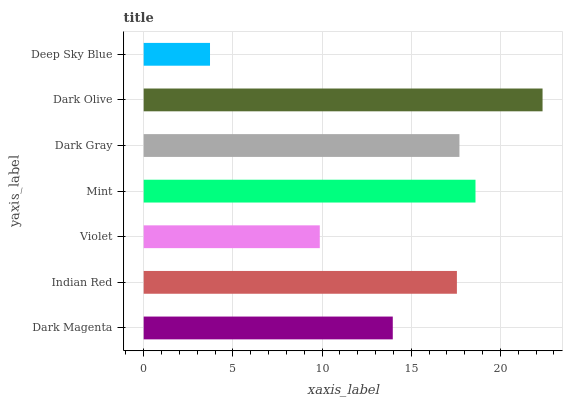
| yaxis_label | bars |
 | --- | --- |
 | Dark Magenta | 14 |
 | Indian Red | 17.6 |
 | Violet | 9.88 |
 | Mint | 18.6 |
 | Dark Gray | 17.7 |
 | Dark Olive | 22.4 |
 | Deep Sky Blue | 3.72 |